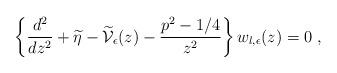
LaTeX: \begin{align*}\left\{\frac{d^{2}}{dz^{2}} + \widetilde{\eta} -\widetilde{\mathcal V}_{\epsilon}(z) - \frac{ p^{2} - 1/4 }{z^{2}}\right\}w_{l,\epsilon} (z) = 0\; ,\end{align*}